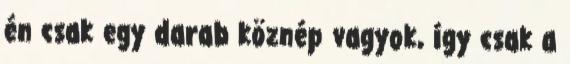
én csak egy darab köznép vagyok, így csak a